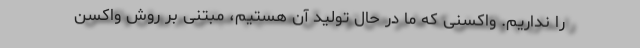
را نداریم. واکسنی که ما در حال تولید آن هستیم، مبتنی بر روش واکسن